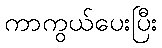
ကာကွယ်ပေးပြီး